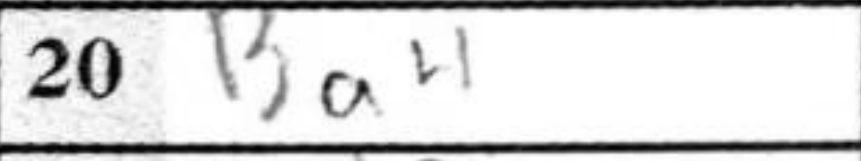
Transcription: Ba4